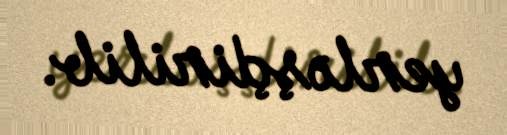
yerləş̧dirilib.